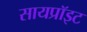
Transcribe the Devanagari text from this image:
सायप्रॉइट